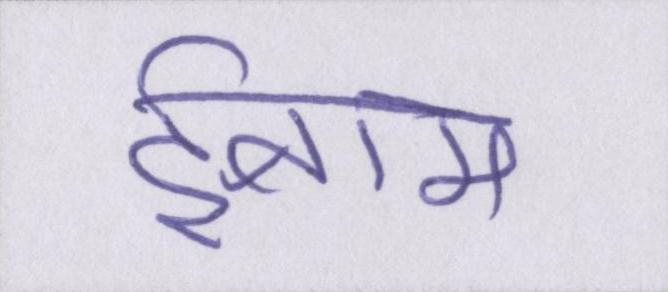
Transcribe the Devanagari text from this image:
ईनाम